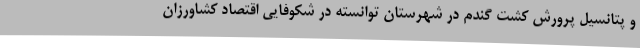
و پتانسیل پرورش کشت گندم در شهرستان توانسته در شکوفایی اقتصاد کشاورزان